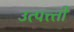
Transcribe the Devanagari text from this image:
उत्पत्त्ती